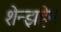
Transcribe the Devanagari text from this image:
शेन्झहेन